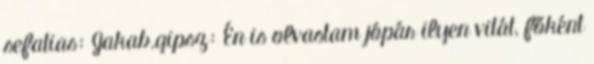
sefatias: Jakab.gipsz: Én is olvastam jópár ilyen vitát, főként